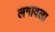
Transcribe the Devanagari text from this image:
लगावला